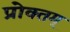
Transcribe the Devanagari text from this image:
प्रोक्तम्